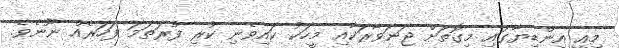
މިއީ އިންޑިޔާގައި މިގޮތަށް ޖަނަވާރަކާއި މީހަކު ކައިވެނި ކުރި ފުރަތަމަ ފަހަރެއް ނޫނެވެ.